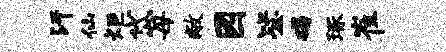
汗仙炬岱母敝园毖碣琢崔